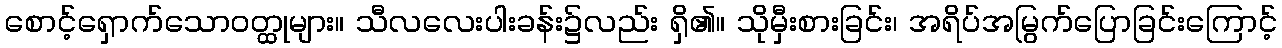
စောင့်ရှောက်သောဝတ္ထုများ။ သီလလေးပါးခန်း၌လည်း ရှိ၏။ သိုမှီးစားခြင်း၊ အရိပ်အမြွက်ပြောခြင်းကြောင့်